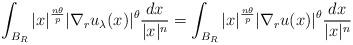
LaTeX: \begin{align*} \int_{B_R}|x|^{\frac{n\theta}{p}}|\nabla_r u_{\lambda}(x)|^{\theta}\frac{dx}{|x|^n}= \int_{B_R}|x|^{\frac{n\theta}{p}}|\nabla_r u(x)|^{\theta}\frac{dx}{|x|^n}\end{align*}